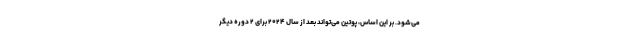
می‌شود.‌ بر این اساس، پوتین می‌تواند بعد از سال ۲۰۲۴ برای ۲ دوره دیگر